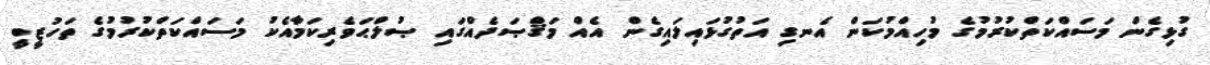
ގުޅިގެން މަސައްކަތްކުރުމުގެ މުހިއްމުކަން އެނގި އަތުގުޅައިލައިގެން އެއް މަޤްޞަދެއްގައި ޞުލްޙަވެރިކަމާއެކު މަސައްކަތްކުރުމުގެ ތަހުޒީބީ